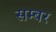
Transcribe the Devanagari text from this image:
सम्बर